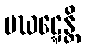
ပဃဋ္ဋေန္တိ